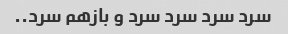
سرد سرد سرد سرد و بازهم سرد..